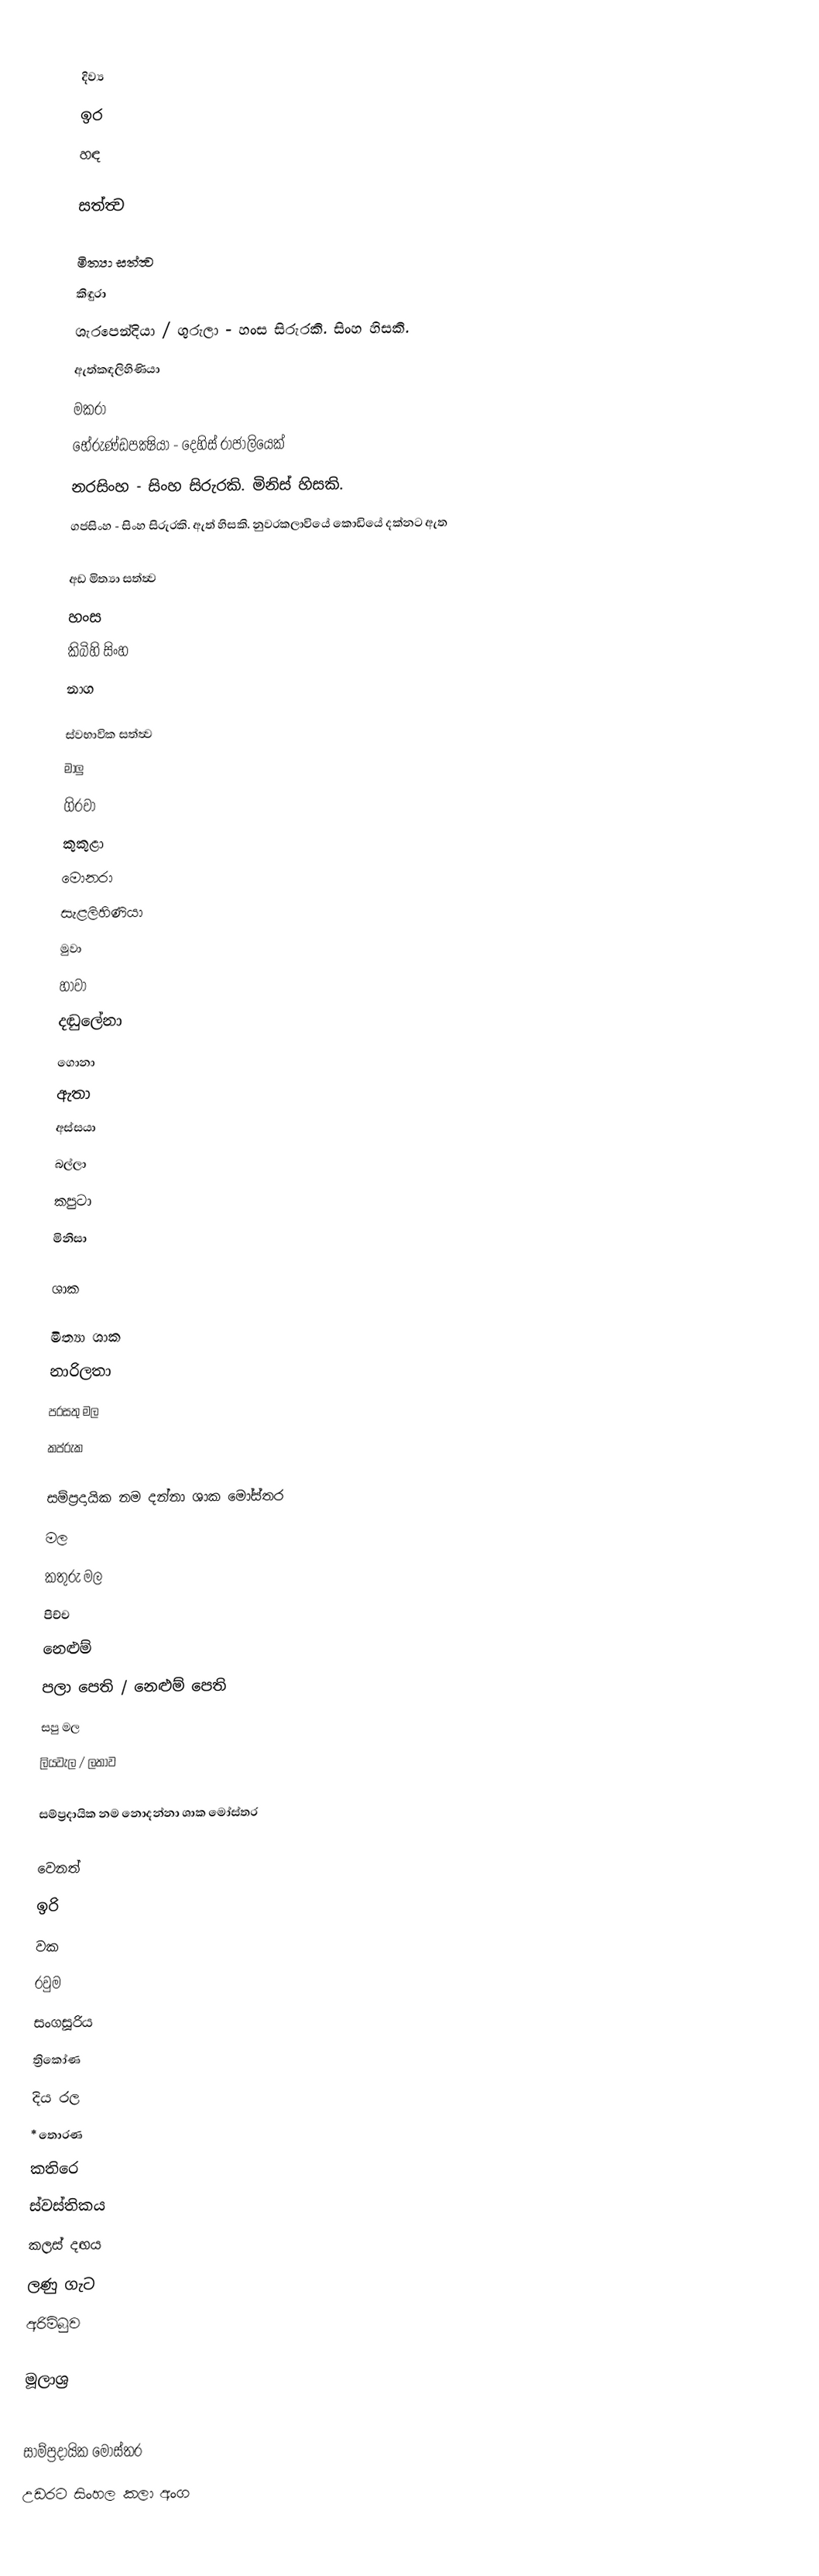

දිව්‍ය
 ඉර
 හඳ

සත්ත්‍ව

මිත්‍යා සත්ත්‍ව
 කිඳුරා
 ශැරපෙන්දියා / ගුරුලා - හංස සිරුරකි. සිංහ හිසකි.
 ඇත්කඳලිහිණියා
 මකරා
 භේරුණ්ඩපක්‍ෂියා - දෙහිස් රාජාලියෙක්
 නරසිංහ - සිංහ සිරුරකි. මිනිස් හිසකි.
 ගජසිංහ - සිංහ සිරුරකි. ඇත් හිසකි. නුවරකලාවියේ කොඩියේ දක්න‍‍ට ඇත

අඩ මිත්‍යා සත්ත්‍ව
 හංස
 කිබිහි සිංහ
 නාග

ස්වභාවික සත්ත්‍ව
 මාලු
 ගිරවා
 කුකුළා
 මොනරා
 සැළලිහිණියා
 මුවා
 හාවා
 දඬුලේනා
 ගොනා
 ඇතා
 අස්සයා
 බල්ලා
 කපුටා
 මිනිසා

ශාක

මිත්‍යා ශාක
 නාරිලතා
 පරසතු මල
 කප්රුක

සම්ප්‍රදායික නම දන්නා ශාක මෝස්තර
 මල
 කතුරු ‍මල
 පිච්ච
 නෙළුම්
 පලා පෙති / නෙළුම් පෙති
 සපු මල
 ලියවැල / ලතාව

සම්ප්‍රදායික නම නොදන්නා  ශාක මෝස්තර

වෙනත්
 ඉරි
 වක
 රවුම
 සංගසූරිය
 ත්‍රිකෝණ
 දිය රල
‍* තොරණ
 කතිරෙ
 ස්වස්තිකය
 කලස් දඟය
 ලණු ගැට
 අරිම්බුව

මූලාශ්‍ර

සාම්ප්‍රදායික මෝස්තර
උඩරට සිංහල කලා අංග